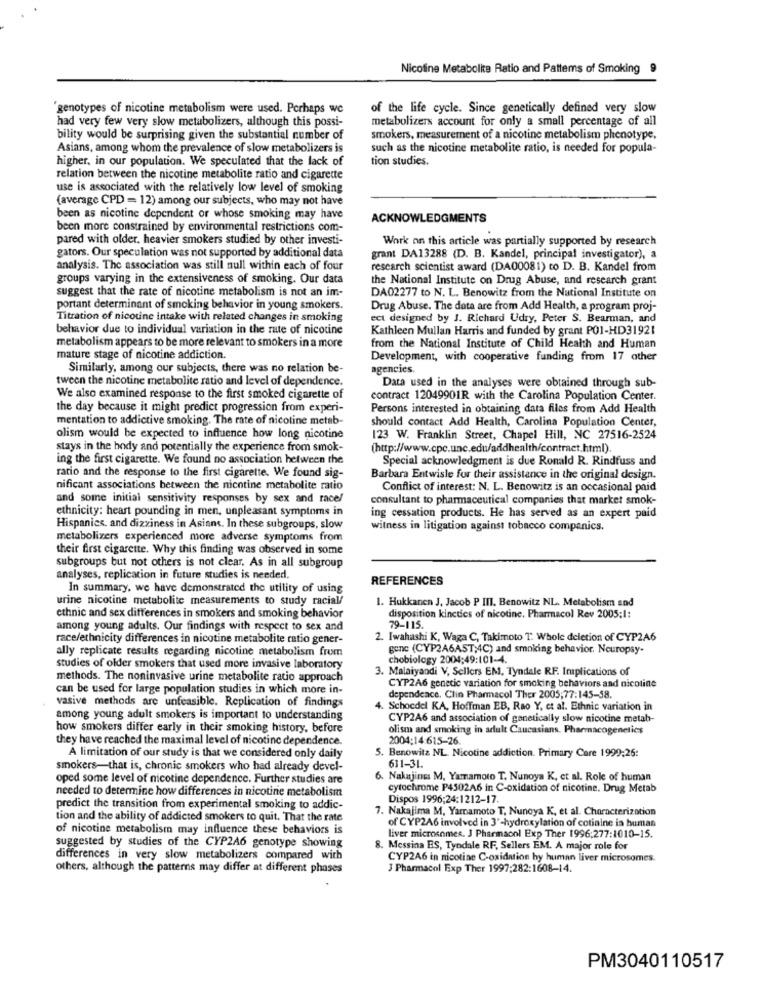
Nicotine Metabolite Ratio and Pattems of Smoking 9
"genotypes of nicotine metabolism were used. Perhaps we
of the life cycle. Since genetically defined very slow
had very few very slow metabolizers, although this possi-
metabolizers account for only a small percentage of all
bility would be surprising given the substantial number of
smokers, measurement of a nicotine metabolism phenotype,
Asians, among whom the prevalence of slow metabolizers is
such as the nicotine metabolite ratio, is needed for popula-
higher, in our population. We speculated that the lack of
tion studies.
relation between the nicotine metabolite ratio and cigarette
use is associated with the relatively low level of smoking
(average CPD = 12) among our subjects, who may not have
been as nicotine dependent or whose smoking may have
ACKNOWLEDGMENTS
been more constrained by environmental restrictions com-
pared with older. heavier smokers studied by other investi-
Work on this article was partially supported by research
gators. Our speculation was not supported by additional data
grant DA13288 (D. B. Kandel, principal investigator), a
analysis. The association was still null within each of four
research scientist award (DA00081) to D. B. Kandel from
groups varying in the extensiveness of smoking. Our data
the National Institute on Drug Abuse, and research grant
suggest that the rate of nicotine metabolism is not an im-
DA02277 to N. L. Benowitz from the National Institute on
portant determinant of smoking behavior in young smokers.
Drug Abuse. The data are from Add Health, a program proj-
Titration of nicotine intake with related changes in smoking
ect designed by J. Richard Udry, Peter S. Bearman, and
behavior due to individual variation in the rate of nicotine
Kathleen Mullan Harris and funded by grant POI-HD31921
metabolism appears to be more relevant to smokers in a more
from the National Institute of Child Health and Human
mature stage of nicotine addiction.
Development, with cooperative funding from 17 other
Similarly, among our subjects, there was no relation be-
agencies.
tween the nicotine metabolite ratio and level of dependence.
Data used in the analyses were obtained through sub-
We also examined response to the first smoked cigarette of
contract 12049901R with the Carolina Population Center.
the day because it might predict progression from experi-
Persons interested in obtaining data files from Add Health
mentation to addictive smoking. The rate of nicotine metab-
should contact Add Health, Carolina Population Center,
olism would be expected to influence how long nicotine
123 W. Franklin Street, Chapel Hill, NC 27516-2524
stays in the body and potentially the experience from smok-
(http://www.cpc.unc.edu/addhealth/contract.html).
ing the first cigarette. We found no association hetween the
Special acknowledgment is due Ronald R. Rindfuss and
ratio and the response to the first cigarette. We found sig-
Barbara Entwisle for their assistance in the original design.
nificant associations between the nicotine metabolite ratio
Conflict of interest: N. L. Benowitz is an occasional paid
and some initial sensitivity responses by sex and race/
consultant to pharmaceutical companies that market smok-
ethnicity: heart pounding in men, unpleasant symptoms in
ing cessation products. He has served as an expert paid
Hispanics, and dizziness in Asians. In these subgroups, slow
witness in litigation against tobacco companics.
metabolizers experienced more adverse symptoms from
their first cigarette. Why this finding was observed in some
subgroups but not others is not clear. As in all subgroup
analyses, replication in future studies is needed.
REFERENCES
In summary. we have demonstrated the utility of using
urine nicotine metabolite measurements to study racial/
1. Hukkanen J. Jacob P III. Benowitz NL. Metabolism and
ethnic and sex differences in smokers and smoking behavior
disposition kinctics of nicotine. Pharmacol Rev 2005:1:
among young adults. Our findings with respect to sex and
79-115.
race/ethnicity differences in nicotine metabolite ratio gener-
2. Iwahashi K, Waga C, Takimoto T: Whole deletion of CYP2A6
ally replicate results regarding nicotine metabolism from
gene (CYP2A6AST;4C) and smoking behavior. Neuropsy-
chobiology 2004:49:101-4.
studies of older smokers that used more invasive laboratory
3. Malaiyandi V, Sellers EM, Tyndale RF. Implications of
methods. The noninvasive urine metabolite ratio approach
can be used for large population studies in which more in-
CYP2A6 genetic variation for smoking behaviors and nicotine
vasive methods are unfeasible. Replication of findings
dependeace. Clin Pharmacol Ther 2005;77:145-58.
Schoedel KA, Hoffman EB, Rao Y, et al. Ethnic variation in
among young adult smokers is important to understanding
CYP2A6 and association of genetically slow nicotine metab-
how smokers differ early in their smoking history, before
olism and smoking in adult Caucasians. Pharmacogenetics
they have reached the maximal level of nicotine dependence.
2004:14:615-26.
5. Benowitz NL. Nicotine addiction. Primary Care 1999:26:
A limitation of our study is that we considered only daily
smokers-that is, chronic smokers who had already devel-
631-31.
oped some level of nicotine dependence. Further studies are
6. Nakajinss M, Yamamoto T. Nunoya K, et al. Role of human
needed to determine how differences in nicotine metabolism
cytochrome P4502A6 in C-oxidation of nicotine. Drug Metab
Dispos 1996;24:1212-17.
predict the transition from experimental smoking to addic-
7. Nakajima M, Yamamoto T, Nunoya K, et al. Characterization
tion and the ability of addicted smokers to quit. That the rate
of nicotine metabolism may influence these behaviors is
of CYP2A6 involved in 3'-hydroxylation of cotiaine is human
liver microsomes. J Pharmacol Exp Ther 1996:277:1010-15.
suggested by studies of the CYP2A6 genotype showing
8. Messina ES, Tyndale RF, Sellers EM. A major role for
differences in very slow metabolizers compared with
CYP2A6 in nicotine C-oxidation by human liver microsomes.
others, although the patterns may differ at different phases
J Pharmacol Exp Ther 1997:282:1608-14.
PM3040110517